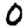
Digit: 0